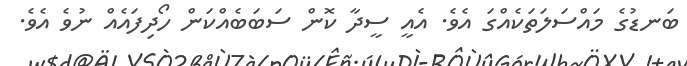
ބަނޑުގެ މައްސަލަތަކެއްގަ އެވެ. އެއީ ސީދާ ކޮން ސަބަބެއްކަން ހޯދިފައެއް ނުވެ އެވެ.